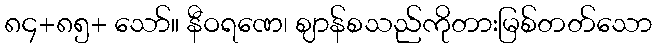
၈၄+၈၅+ သော်။ နီဝရဏေ၊ ဈာန်စသည်ကိုတားမြစ်တတ်သော